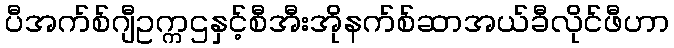
ပီအက်စ်ဂျီဥက္ကဌနှင့်စီအီးအိုနက်စ်ဆာအယ်ခီလိုင်ဖီဟာ